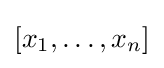
{\textstyle [x_{1},\ldots ,x_{n}]}